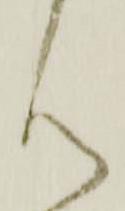
ん